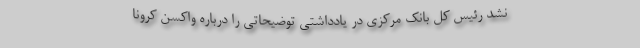
نشد رئیس کل بانک مرکزی در یادداشتی توضیحاتی را درباره واکسن کرونا